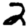
Digit: 2